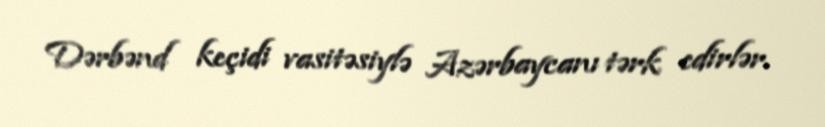
Dərbənd keçidi vasitəsiylə Azərbaycanı tərk edirlər.